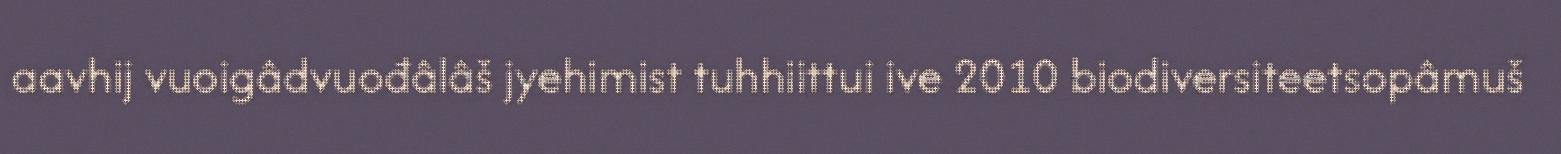
aavhij vuoigâdvuođâlâš jyehimist tuhhiittui ive 2010 biodiversiteetsopâmuš